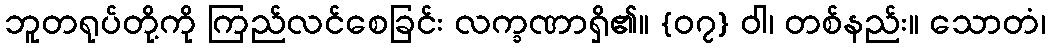
ဘူတရုပ်တို့ကို ကြည်လင်စေခြင်း လက္ခဏာရှိ၏။ {၀၇} ဝါ၊ တစ်နည်း။ သောတံ၊